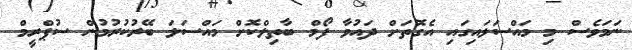
ނަމަވެސް މި މައްސަލައިގައި އެގޮތަށް ދައުވާ ފޯމް ބާތިލްކޮށް މައްސަލަ ބޭރުކުރުމުން ސުޕްރީމް